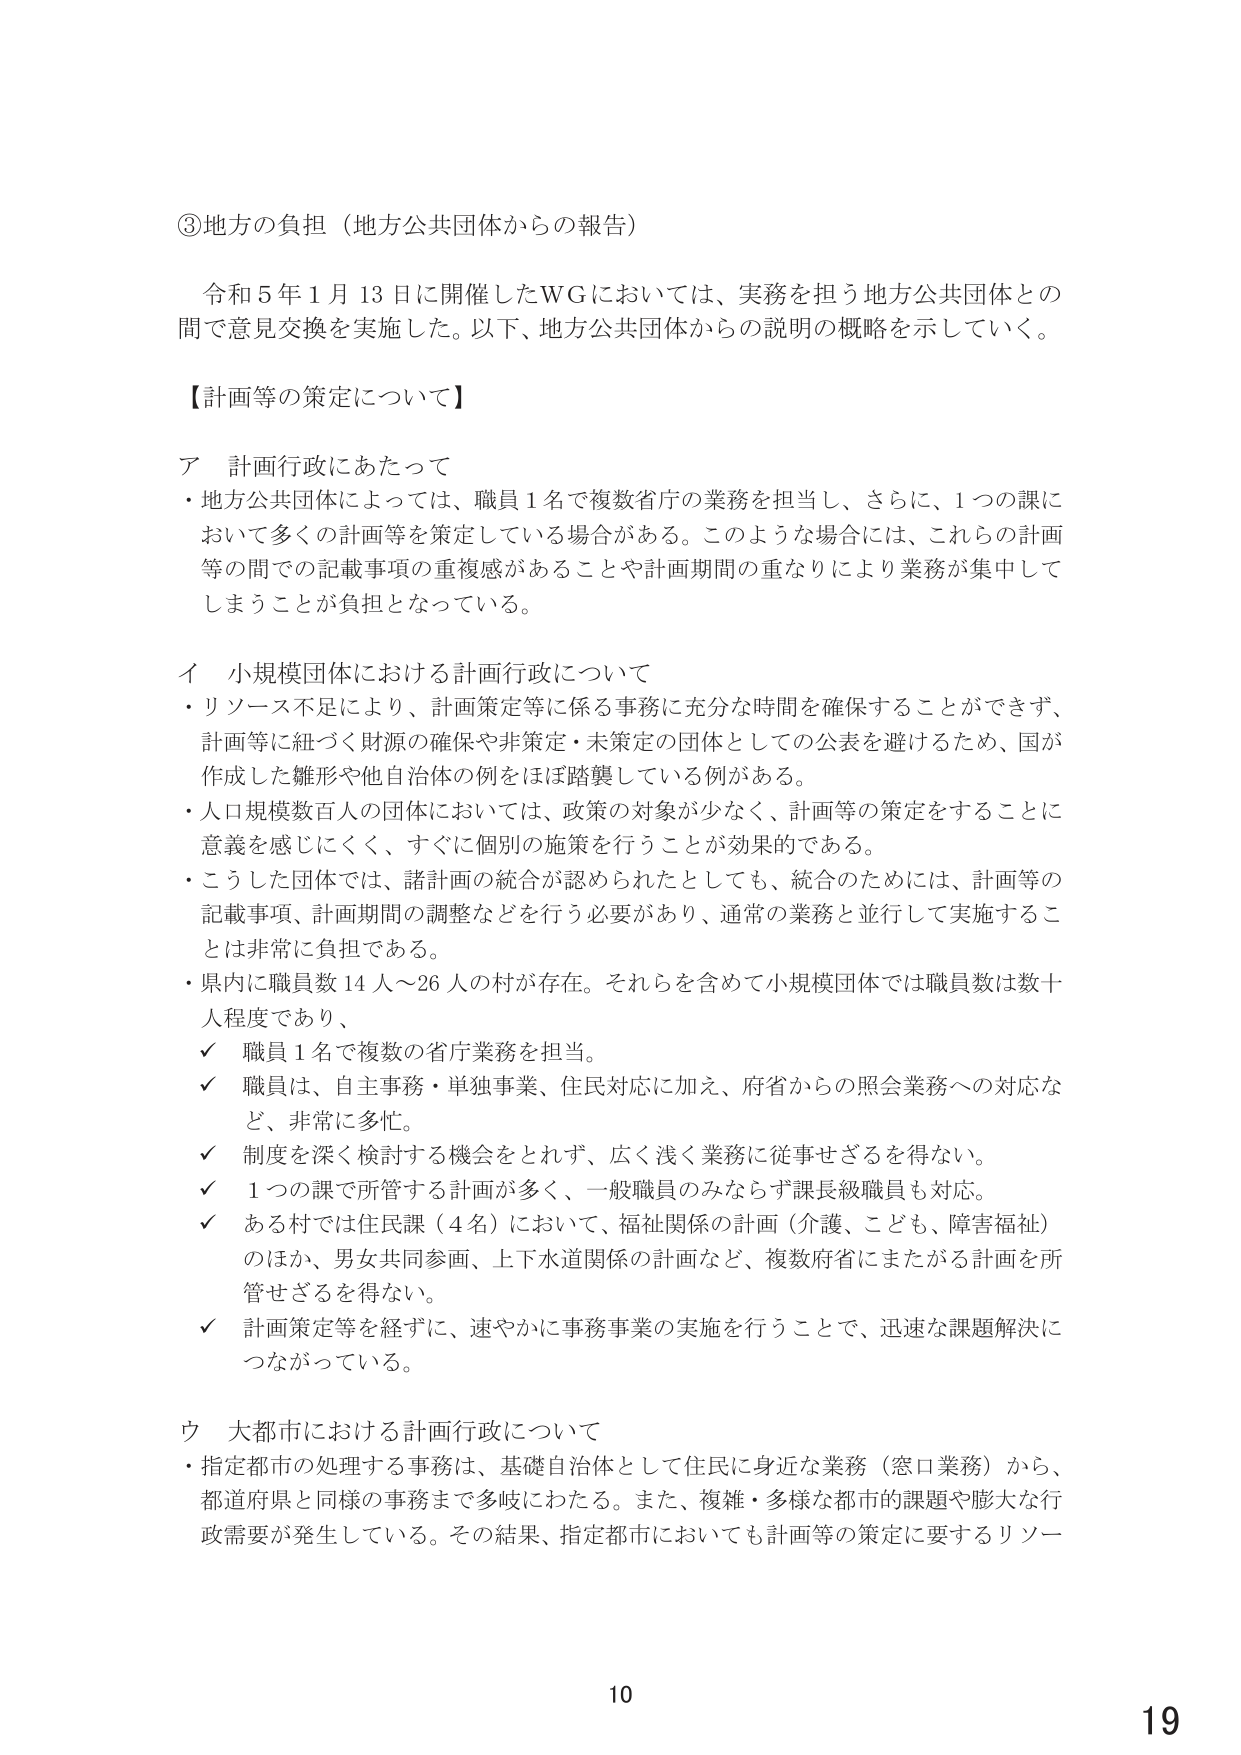
③地方の負担（地方公共団体からの報告）

令和５年１月13日に開催したＷＧにおいては、実務を担う地方公共団体との間で意見交換を実施した。以下、地方公共団体からの説明の概略を示していく。

【計画等の策定について】

ア 計画行政にあたって
・地方公共団体によっては、職員１名で複数省庁の業務を担当し、さらに、１つの課において多くの計画等を策定している場合がある。このような場合には、これらの計画等の間での記載事項の重複感があることや計画期間の重なりにより業務が集中してしまうことが負担となっている。

イ 小規模団体における計画行政について
・リソース不足により、計画策定等に係る事務に充分な時間を確保することができず、計画等に紐づく財源の確保や非策定・未策定の団体としての公表を避けるため、国が作成した雛形や他自治体の例をほぼ踏襲している例がある。
・人口規模数百人の団体においては、政策の対象が少なく、計画等の策定をすることに意義を感じにくく、すぐに個別の施策を行うことが効果的である。
・こうした団体では、諸計画の統合が認められたとしても、統合のためには、計画等の記載事項、計画期間の調整などを行う必要があり、通常の業務と並行して実施することは非常に負担である。
・県内に職員数14人～26人の村が存在。それらを含めて小規模団体では職員数は数十人程度であり、
✓ 職員１名で複数の省庁業務を担当。
✓ 職員は、自主事務・単独事業、住民対応に加え、府省からの照会業務への対応など、非常に多忙。
✓ 制度を深く検討する機会をとれず、広く浅く業務に従事せざるを得ない。
✓ １つの課で所管する計画が多く、一般職員のみならず課長級職員も対応。
✓ ある村では住民課（４名）において、福祉関係の計画（介護、こども、障害福祉）のほか、男女共同参画、上下水道関係の計画など、複数府省にまたがる計画を所管せざるを得ない。
✓ 計画策定等を経ずに、速やかに事務事業の実施を行うことで、迅速な課題解決につながっている。

ウ 大都市における計画行政について
・指定都市の処理する事務は、基礎自治体として住民に身近な業務（窓口業務）から、都道府県と同様の事務まで多岐にわたる。また、複雑・多様な都市の課題や膨大な行政需要が発生している。その結果、指定都市においても計画等の策定に要するリソー

10
19